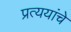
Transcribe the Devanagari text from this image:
प्रत्ययांचे